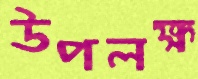
উপলক্ষ